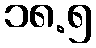
၁၈.၅